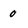
Character: 0